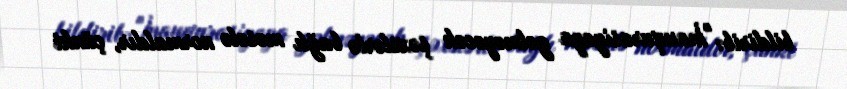
bildirib: "İnauqurasiyaya gəlməyəcək şəxslərlə bağlı məsələ normaldır, çünki